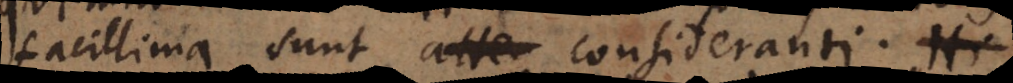
facillima sunt consideranti. Hi